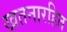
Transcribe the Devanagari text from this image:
खतनारहित